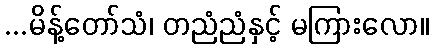
...မိန့်တော်သံ၊ တညံညံနှင့် မကြားလော။